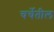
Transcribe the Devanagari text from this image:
चर्चेतील